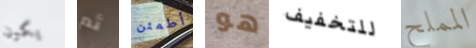
يكون ثم أطمئن هو للتخفيف المملح